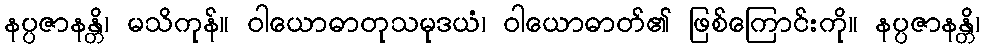
နပ္ပဇာနန္တိ၊ မသိကုန်။ ဝါယောဓာတုသမုဒယံ၊ ဝါယောဓာတ်၏ ဖြစ်ကြောင်းကို။ နပ္ပဇာနန္တိ၊